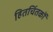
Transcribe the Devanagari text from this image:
हितचिंतकों